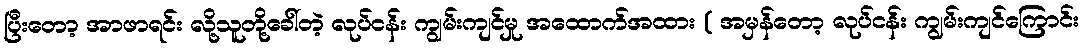
ပြီးတော့ အာဖာရင်း လို့သူတို့ခေါ်တဲ့ လုပ်ငန်း ကျွမ်းကျင်မှု အထောက်အထား ( အမှန်တော့ လုပ်ငန်း ကျွမ်းကျင်ကြောင်း